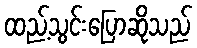
ထည့်သွင်းပြောဆိုသည်